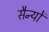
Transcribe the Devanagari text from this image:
सैन्यों